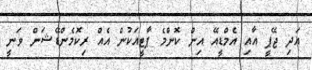
އަދި ޖޭޕީ އާއި އެމްޑީއޭ އިން ކޮންމެ ޕާޓީއަކުން އެއް ރިކޮމެންޑޭޝަން ވަނީ